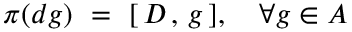
\pi ( d g ) \, \, = \, \, [ \, D \, , \, g \, ] , \, \, \, \, \, \, \forall g \in { \cal A }